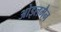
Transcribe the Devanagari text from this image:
ओइलमैन